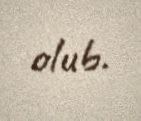
olub.